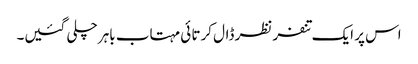
اس پر ایک تنفر نظر ڈال کرتا ئی مہتاب باہر چلی گئیں۔